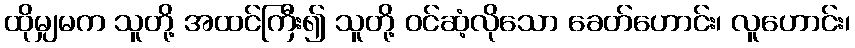
ထိုမျှမက သူတို့ အထင်ကြီး၍ သူတို့ ဝင်ဆံ့လိုသော ခေတ်ဟောင်း၊ လူဟောင်း၊